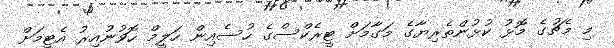
މި މެޗުގެ މޮޅު ކުޅުންތެރިޔާގެ މަގާމަށް ޓީރެކްސްގެ ހުސެއިން ހަލީމް ހޮވުނުއިރު އެޓީމަށް